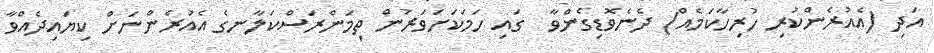
އަދި (އެއުރެންކުރި ހުރިހާކަމެއް) ދެނެވޮޑިގެންވާ  ގައި ހަމަކަށަވަރުން ތިމަންރަސްކަލާނގެ އެއުރެންނަށް ކިޔައިދެއްވާ